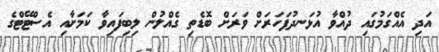
އަދި އެއްގަމުގައި ދުއްވާ އުޅަނދުފަހަރަށް ވަރަށް ބޮޑެތި ގެއްލުން ލިބިފައިވާ ކަމަށާއި އެސްޓޭޓްގެ